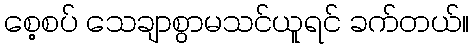
စေ့စပ် သေချာစွာမသင်ယူရင် ခက်တယ်။